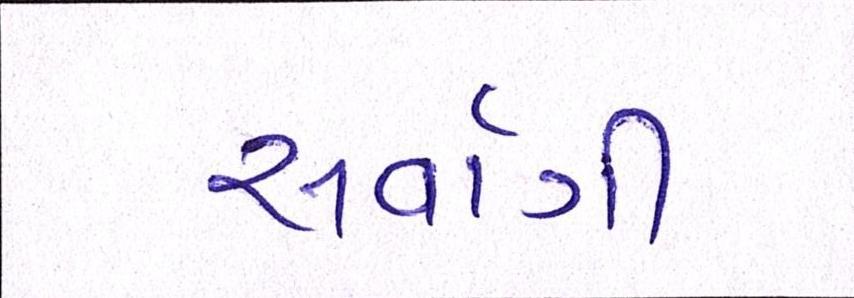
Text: સર્વાગી